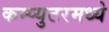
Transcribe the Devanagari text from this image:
कम्प्युटरमध्ये